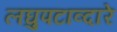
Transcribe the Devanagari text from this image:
लघुपटाव्दारे